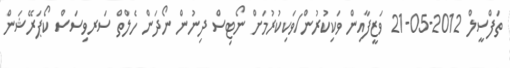
ތަފްސީލް 2012-05-21 ވަޒީފާއިން ވަކިކުރުން/ވަކިކުރުމަށް ނޯޓިސް ދިނުން ނޯދަން ހެލްތް ސަރވިސަސް ކޯޕަރޭޝަން